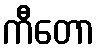
ကီတော